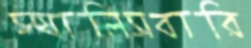
স্যালিসবারি